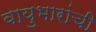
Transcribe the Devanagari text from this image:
वायुभारांची